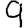
Digit: 9